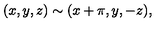
( x , y , z ) \sim ( x + \pi , y , - z ) ,